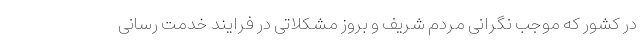
در کشور که موجب نگرانی مردم شریف و بروز مشکلاتی در فرایند خدمت رسانی